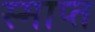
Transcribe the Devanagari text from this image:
स्माप्त